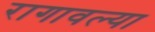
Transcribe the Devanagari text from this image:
रागावल्या